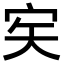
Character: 𡧦